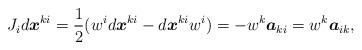
LaTeX: \begin{align*}J_{i}d\boldsymbol{x}^{ki}=\frac{1}{2}(w^{i}d\boldsymbol{x}^{ki}-d\boldsymbol{x}^{ki}w^{i})=-w^{k}\boldsymbol{a}_{ki}=w^{k}\boldsymbol{a}_{ik},\end{align*}